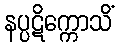
နပ္ပဋိက္ကောသိံ